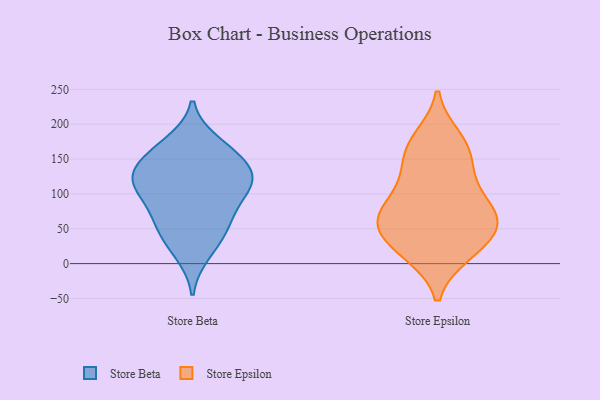
{"axis": {"x": "Waste Production (Tons)", "y": "Value"}, "legend": ["Store Beta", "Store Epsilon"], "data": [{"x": "", "y": 51, "type": "Store Beta"}, {"x": "", "y": 116, "type": "Store Beta"}, {"x": "", "y": 156, "type": "Store Beta"}, {"x": "", "y": 39, "type": "Store Beta"}, {"x": "", "y": 15, "type": "Store Beta"}, {"x": "", "y": 67, "type": "Store Beta"}, {"x": "", "y": 78, "type": "Store Beta"}, {"x": "", "y": 160, "type": "Store Beta"}, {"x": "", "y": 125, "type": "Store Beta"}, {"x": "", "y": 107, "type": "Store Beta"}, {"x": "", "y": 113, "type": "Store Beta"}, {"x": "", "y": 139, "type": "Store Beta"}, {"x": "", "y": 173, "type": "Store Beta"}, {"x": "", "y": 119, "type": "Store Beta"}, {"x": "", "y": 71, "type": "Store Epsilon"}, {"x": "", "y": 98, "type": "Store Epsilon"}, {"x": "", "y": 51, "type": "Store Epsilon"}, {"x": "", "y": 120, "type": "Store Epsilon"}, {"x": "", "y": 15, "type": "Store Epsilon"}, {"x": "", "y": 169, "type": "Store Epsilon"}, {"x": "", "y": 63, "type": "Store Epsilon"}, {"x": "", "y": 162, "type": "Store Epsilon"}, {"x": "", "y": 67, "type": "Store Epsilon"}, {"x": "", "y": 52, "type": "Store Epsilon"}, {"x": "", "y": 19, "type": "Store Epsilon"}, {"x": "", "y": 71, "type": "Store Epsilon"}, {"x": "", "y": 135, "type": "Store Epsilon"}, {"x": "", "y": 22, "type": "Store Epsilon"}, {"x": "", "y": 179, "type": "Store Epsilon"}]}